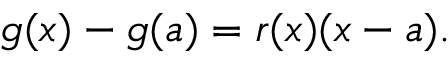
g ( x ) - g ( a ) = r ( x ) ( x - a ) .